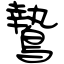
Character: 鷙